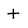
Character: t